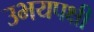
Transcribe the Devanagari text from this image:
उभयपक्षी